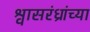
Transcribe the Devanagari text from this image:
श्वासरंध्रांच्या